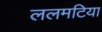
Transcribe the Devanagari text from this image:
ललमटिया